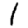
Digit: 1